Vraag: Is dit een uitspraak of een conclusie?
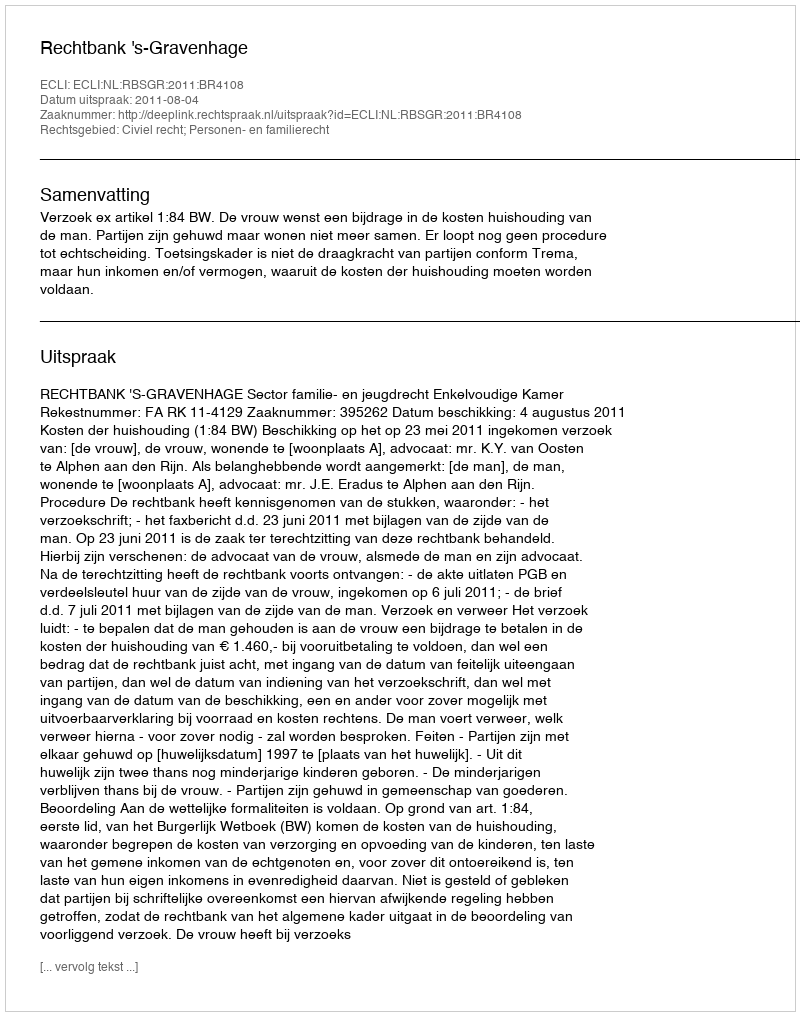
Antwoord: Uitspraak